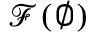
{ \mathcal { F } } ( \emptyset )